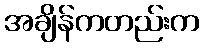
အချိန်ကတည်းက